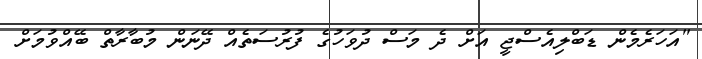
"އަހަރެމެން ޑަބްލިއެސްޖީ އަށް ދެ މަސް ދުވަހުގެ ފުރުސަތެއް ދޭނަން މުބާރާތް ބޭއްވުމަށް